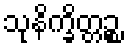
သုနိက္ခိတ္တဉ္စ